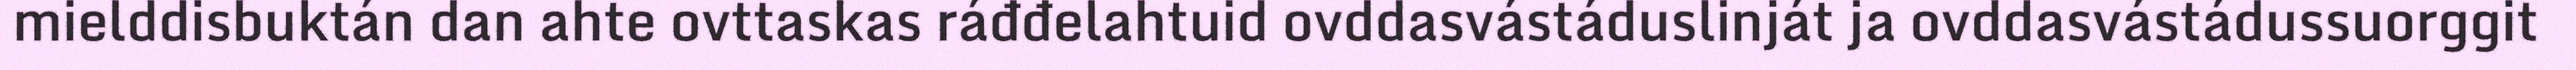
mielddisbuktán dan ahte ovttaskas ráđđelahtuid ovddasvástáduslinját ja ovddasvástádussuorggit